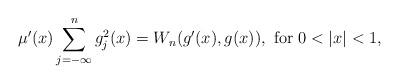
LaTeX: \begin{align*} \mu'(x)\sum_{j=-\infty}^{n}g_{j}^{2}(x)=W_{n}(g'(x),g(x)), \mbox{ for } 0<|x|<1, \end{align*}